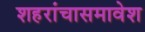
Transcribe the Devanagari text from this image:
शहरांचासमावेश